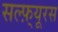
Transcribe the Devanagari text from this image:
सल्फ़्यूरस